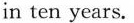
in ten years.